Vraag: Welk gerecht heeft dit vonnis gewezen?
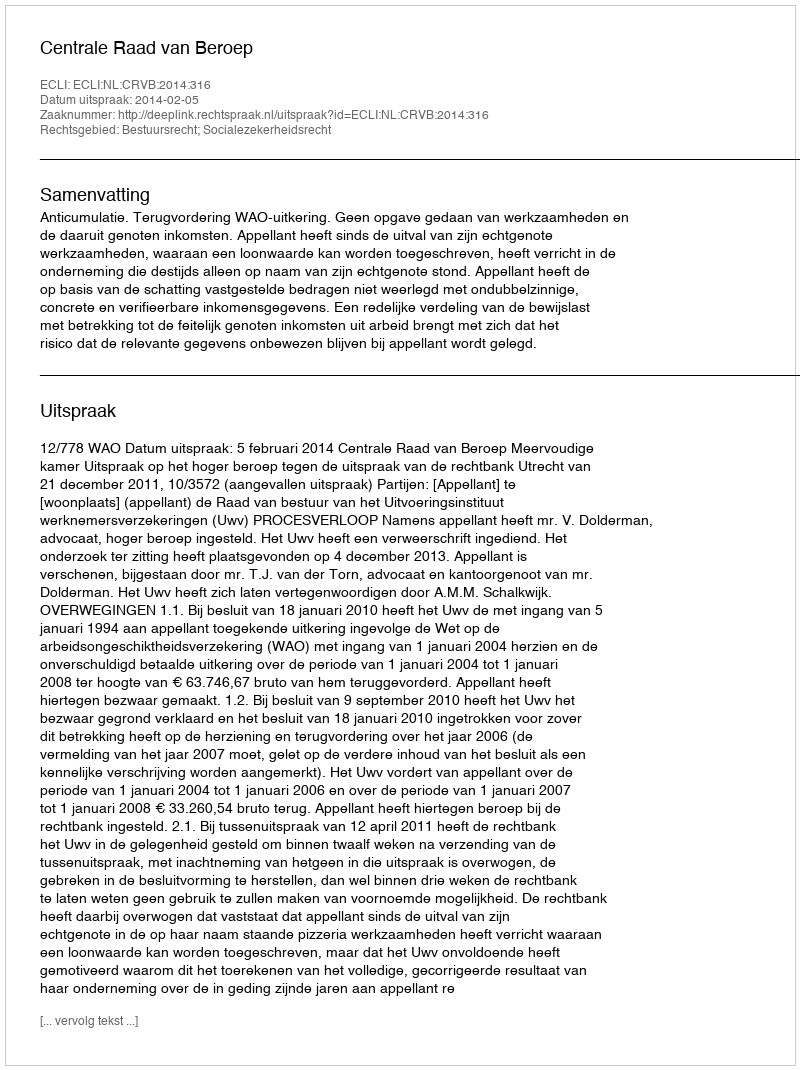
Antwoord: Centrale Raad van Beroep